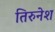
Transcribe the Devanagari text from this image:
तिरुनेश